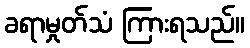
ခရာမှုတ်သံ ကြားရသည်။